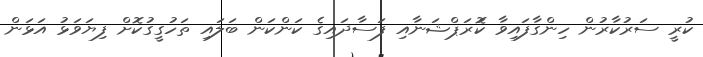
ކުރީ ސަރުކާރުން ހިންގާފައިވާ ކޮަރަޕްޝަނާއި ފަސާދައިގެ ކަންކަން ބަލައި ތަހުގީގުކޮށް ފިޔަވަޅު އަޅަން